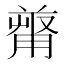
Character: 𠭻